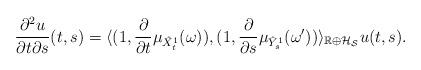
LaTeX: \begin{align*}\frac{\partial^2 u}{\partial t\partial s}(t,s) = \langle (1,\frac{\partial}{\partial t}\mu_{\hat X^1_t}(\omega)), (1,\frac{\partial}{\partial s}\mu_{\hat Y^1_s}(\omega^\prime)) \rangle_{\mathbb{R} \oplus \mathcal{H}_{\mathcal{S}}}u(t,s).\end{align*}